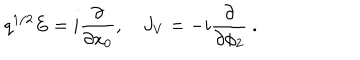
q ^ { 1 / 2 } E = i { \frac { \partial } { \partial x _ { 0 } } } , \quad J _ { V } = - i { \frac { \partial } { \partial \phi _ { 2 } } } \ .